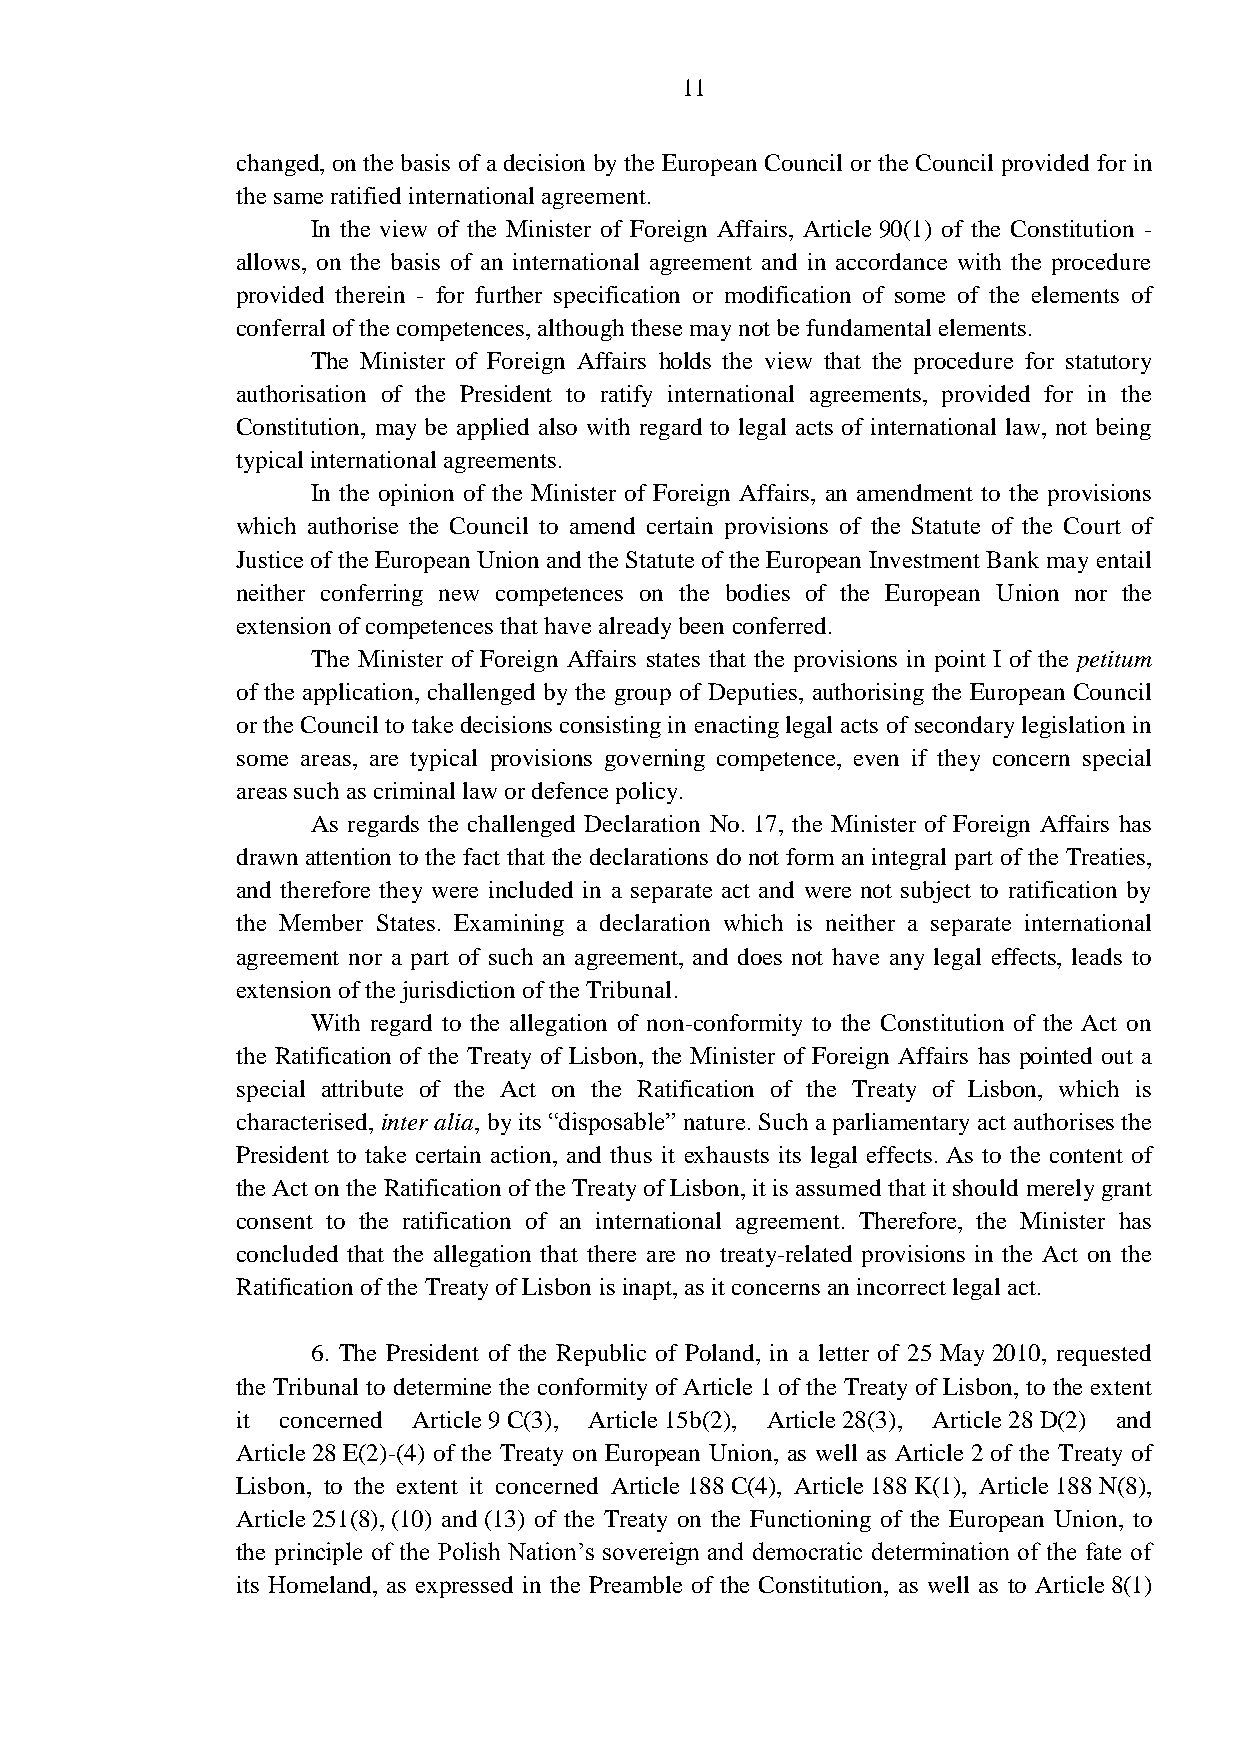
11
 changed, on the basis of a decision by the European Council or the Council provided for in
 the same ratified international agreement.
 In the view of the Minister of Foreign Affairs, Article 90(1) of the Constitution -
 allows, on the basis of an international agreement and in accordance with the procedure
 provided therein - for further specification or modification of some of the elements of
 conferral of the competences, although these may not be fundamental elements.
 The Minister of Foreign Affairs holds the view that the procedure for statutory
 authorisation of the President to ratify international agreements, provided for in the
 Constitution, may be applied also with regard to legal acts of international law, not being
 typical international agreements.
 In the opinion of the Minister of Foreign Affairs, an amendment to the provisions
 which authorise the Council to amend certain provisions of the Statute of the Court of
 Justice of the European Union and the Statute of the European Investment Bank may entail
 neither conferring new competences on the bodies of the European Union nor the
 extension of competences that have already been conferred.
 The Minister of Foreign Affairs states that the provisions in point I of the petitum
 of the application, challenged by the group of Deputies, authorising the European Council
 or the Council to take decisions consisting in enacting legal acts of secondary legislation in
 some areas, are typical provisions governing competence, even if they concern special
 areas such as criminal law or defence policy.
 As regards the challenged Declaration No. 17, the Minister of Foreign Affairs has
 drawn attention to the fact that the declarations do not form an integral part of the Treaties,
 and therefore they were included in a separate act and were not subject to ratification by
 the Member States. Examining a declaration which is neither a separate international
 agreement nor a part of such an agreement, and does not have any legal effects, leads to
 extension of the jurisdiction of the Tribunal.
 With regard to the allegation of non-conformity to the Constitution of the Act on
 the Ratification of the Treaty of Lisbon, the Minister of Foreign Affairs has pointed out a
 special attribute of the Act on the Ratification of the Treaty of Lisbon, which is
 characterised, inter alia, by its “disposable” nature. Such a parliamentary act authorises the
 President to take certain action, and thus it exhausts its legal effects. As to the content of
 the Act on the Ratification of the Treaty of Lisbon, it is assumed that it should merely grant
 consent to the ratification of an international agreement. Therefore, the Minister has
 concluded that the allegation that there are no treaty-related provisions in the Act on the
 Ratification of the Treaty of Lisbon is inapt, as it concerns an incorrect legal act.
 6. The President of the Republic of Poland, in a letter of 25 May 2010, requested
 the Tribunal to determine the conformity of Article 1 of the Treaty of Lisbon, to the extent
 it concerned Article 9 C(3), Article 15b(2), Article 28(3), Article 28 D(2) and
 Article 28 E(2)-(4) of the Treaty on European Union, as well as Article 2 of the Treaty of
 Lisbon, to the extent it concerned Article 188 C(4), Article 188 K(1), Article 188 N(8),
 Article 251(8), (10) and (13) of the Treaty on the Functioning of the European Union, to
 the principle of the Polish Nation’s sovereign and democratic determination of the fate of
 its Homeland, as expressed in the Preamble of the Constitution, as well as to Article 8(1)